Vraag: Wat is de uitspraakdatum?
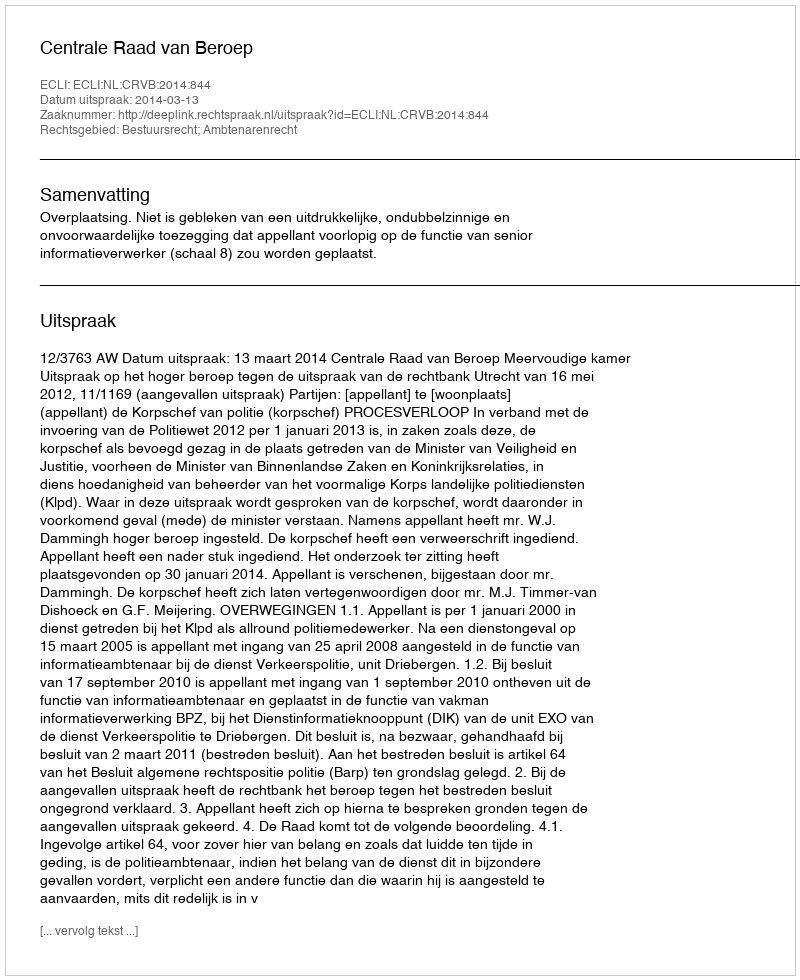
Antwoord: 2014-03-13